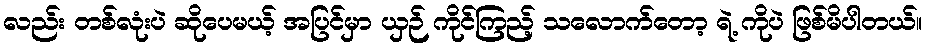
လည်း တစ်လုံးပဲ ဆိုပေမယ့် အပြင်မှာ ယှဉ် ကိုင်ကြည့် သလောက်တော့ ရဲ့ ကိုပဲ ဖြစ်မိပါတယ်။